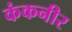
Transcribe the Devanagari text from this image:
कंकनीर